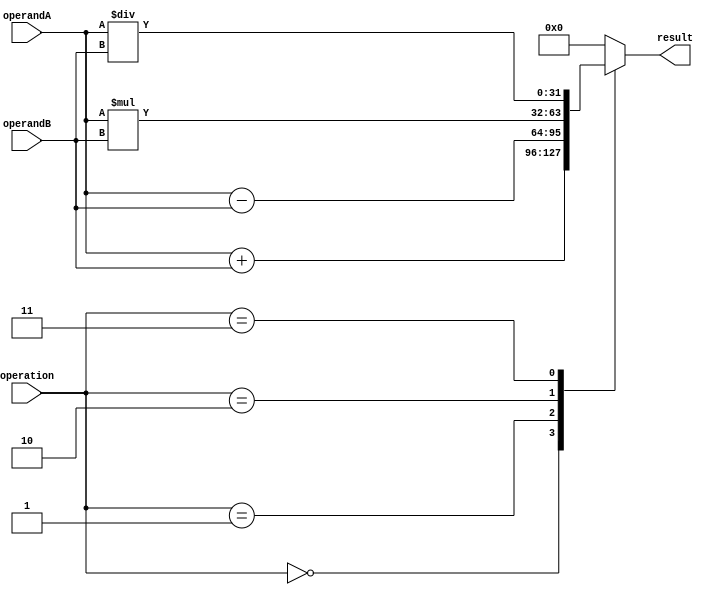
module ALU(
    input [31:0] operandA,
    input [31:0] operandB,
    input [2:0] operation,
    output [31:0] result
    );

reg [31:0] output_reg;

always @(*) begin
    case(operation)
        0: output_reg = operandA + operandB; // Addition
        1: output_reg = operandA - operandB; // Subtraction
        2: output_reg = operandA * operandB; // Multiplication
        3: output_reg = operandA / operandB; // Division
        default: output_reg = 0;
    endcase
end

assign result = output_reg;

endmodule